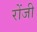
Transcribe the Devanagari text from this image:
रोंजी